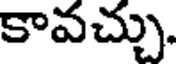
కావచ్చు.